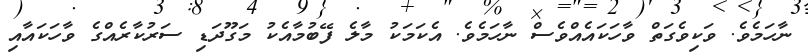
ނާހަމެވެ. ވަކިވެގަތް ވާހަކައެއްވެސް ނާހަމެވެ. އެކަމަކު މާލެ ފޭބުމާއެކު މަގޫދަޑި ސަރުކާރެއްގެ ވާހަކައާއި